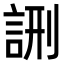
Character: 𮘉